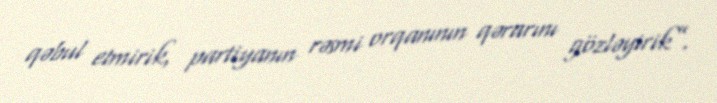
qəbul etmirik, partiyanın rəsmi orqanının qərarını gözləyirik”.